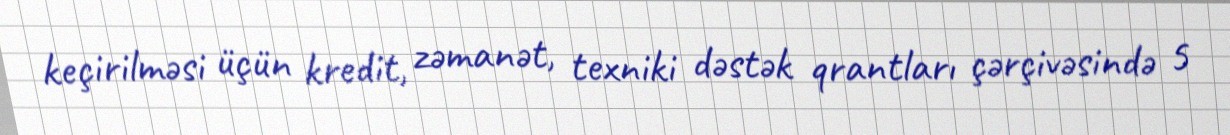
keçirilməsi üçün kredit, zəmanət, texniki dəstək qrantları çərçivəsində 5